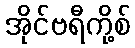
အိုင်ဗရီကို့စ်